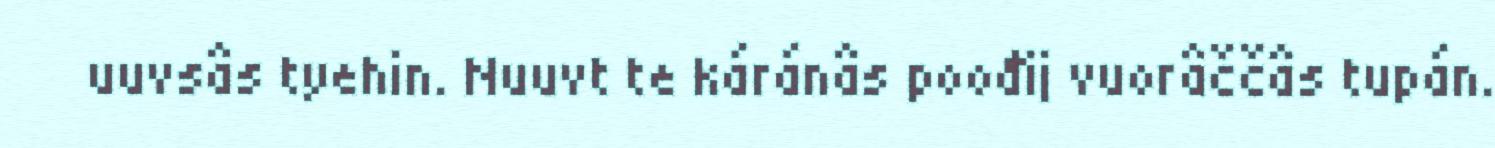
uuvsâs tyehin. Nuuvt te káránâs poođij vuorâččâs tupán.